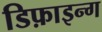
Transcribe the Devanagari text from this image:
डिफ़ाइन्ग